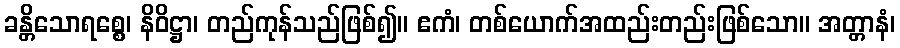
ခန္တိသောရစ္စေ၊ နိဝိဋ္ဌာ၊ တည်ကုန်သည်ဖြစ်၍။ ဧကံ၊ တစ်ယောက်အထည်းတည်းဖြစ်သော။ အတ္တာနံ၊